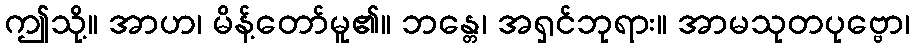
ဤသို့။ အာဟ၊ မိန့်တော်မူ၏။ ဘန္တေ၊ အရှင်ဘုရား။ အာမသုတပုဗ္ဗော၊